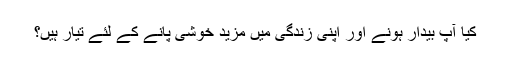
کیا آپ بیدار ہونے اور اپنی زندگی میں مزید خوشی پانے کے لئے تیار ہیں؟